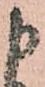
申